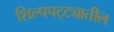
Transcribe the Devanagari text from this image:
शिल्पपट्ट्यातील